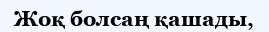
Жоқ болсаң қашады,